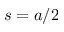
s = a / 2